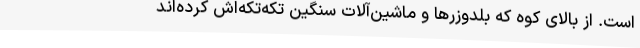
است. از بالای کوه که بلدوزرها و ماشین‌آلات سنگین تکه‌تکه‌اش کرده‌اند